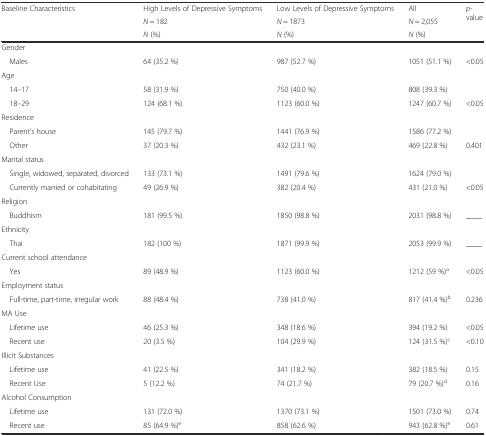
<table><thead><tr><td rowspan="3"><b>Baseline Characteristics</b></td><td><b>High Levels of Depressive Symptoms</b></td><td><b>Low Levels of Depressive Symptoms</b></td><td><b>All</b></td><td rowspan="3"><b><i>p</i>-value</b></td></tr><tr><td><b><i>N</i> = 182</b></td><td><b><i>N</i> = 1873</b></td><td><b><i>N</i> = 2,055</b></td></tr><tr><td><b><i>N</i> (%)</b></td><td><b><i>N</i> (%)</b></td><td><b><i>N</i> (%)</b></td></tr></thead><tbody><tr><td colspan="5">Gender</td></tr><tr><td> Males</td><td>64 (35.2 %)</td><td>987 (52.7 %)</td><td>1051 (51.1 %)</td><td>&lt;0.05</td></tr><tr><td colspan="5">Age</td></tr><tr><td> 14–17</td><td>58 (31.9 %)</td><td>750 (40.0 %)</td><td>808 (39.3 %)</td><td></td></tr><tr><td> 18–29</td><td>124 (68.1 %)</td><td>1123 (60.0 %)</td><td>1247 (60.7 %)</td><td>&lt;0.05</td></tr><tr><td colspan="5">Residence</td></tr><tr><td> Parent’s house</td><td>145 (79.7 %)</td><td>1441 (76.9 %)</td><td>1586 (77.2 %)</td><td></td></tr><tr><td> Other</td><td>37 (20.3 %)</td><td>432 (23.1 %)</td><td>469 (22.8 %)</td><td>0.401</td></tr><tr><td colspan="5">Marital status</td></tr><tr><td> Single, widowed, separated, divorced</td><td>133 (73.1 %)</td><td>1491 (79.6 %)</td><td>1624 (79.0 %)</td><td></td></tr><tr><td> Currently married or cohabitating</td><td>49 (26.9 %)</td><td>382 (20.4 %)</td><td>431 (21.0 %)</td><td>&lt;0.05</td></tr><tr><td colspan="5">Religion</td></tr><tr><td> Buddhism</td><td>181 (99.5 %)</td><td>1850 (98.8 %)</td><td>2031 (98.8 %)</td><td>____</td></tr><tr><td colspan="5">Ethnicity</td></tr><tr><td> Thai</td><td>182 (100 %)</td><td>1871 (99.9 %)</td><td>2053 (99.9 %)</td><td>____</td></tr><tr><td colspan="5">Current school attendance</td></tr><tr><td> Yes</td><td>89 (48.9 %)</td><td>1123 (60.0 %)</td><td>1212 (59 %)<sup>a</sup></td><td>&lt;0.05</td></tr><tr><td colspan="5">Employment status</td></tr><tr><td> Full-time, part-time, irregular work</td><td>88 (48.4 %)</td><td>738 (41.0 %)</td><td>817 (41.4 %)<sup>b</sup></td><td>0.236</td></tr><tr><td colspan="5">MA Use</td></tr><tr><td> Lifetime use</td><td>46 (25.3 %)</td><td>348 (18.6 %)</td><td>394 (19.2 %)</td><td>&lt;0.05</td></tr><tr><td> Recent use</td><td>20 (3.5 %)</td><td>104 (29.9 %)</td><td>124 (31.5 %)<sup>c</sup></td><td>&lt;0.10</td></tr><tr><td colspan="5">Illicit Substances</td></tr><tr><td> Lifetime use</td><td>41 (22.5 %)</td><td>341 (18.2 %)</td><td>382 (18.5 %)</td><td>0.15</td></tr><tr><td> Recent Use</td><td>5 (12.2 %)</td><td>74 (21.7 %)</td><td>79 (20.7 %)<sup>d</sup></td><td>0.16</td></tr><tr><td colspan="5">Alcohol Consumption</td></tr><tr><td> Lifetime use</td><td>131 (72.0 %)</td><td>1370 (73.1 %)</td><td>1501 (73.0 %)</td><td>0.74</td></tr><tr><td> Recent use</td><td>85 (64.9 %)<sup>e</sup></td><td>858 (62.6 %)</td><td>943 (62.8 %)<sup>e</sup></td><td>0.61</td></tr></tbody></table>